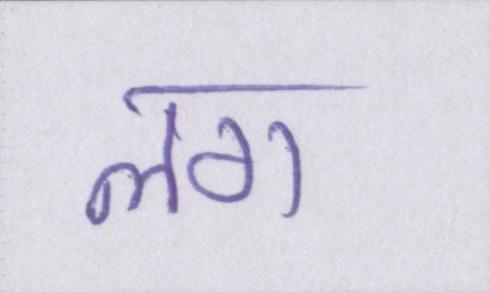
लग